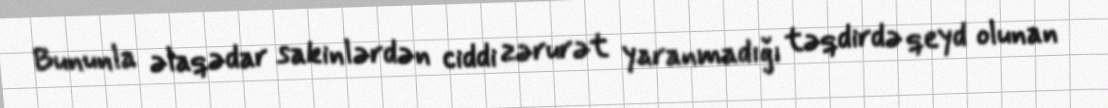
Bununla əlaqədar sakinlərdən ciddi zərurət yaranmadığı təqdirdə qeyd olunan